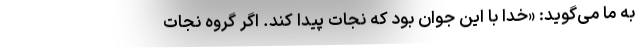
به ما می‌گوید: «خدا با این جوان بود که نجات پیدا کند. اگر گروه نجات